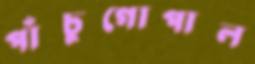
পাঁচুগোপাল